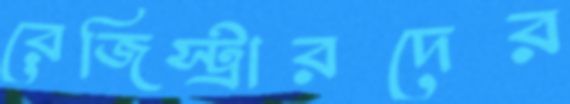
রেজিস্ট্রারদের